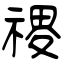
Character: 禝